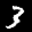
Label: 3